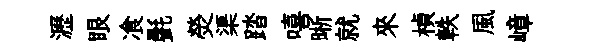
瀝眼飡㲲熒渠踏嘻晰就來楨軼風嶂